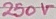
Text: 250V